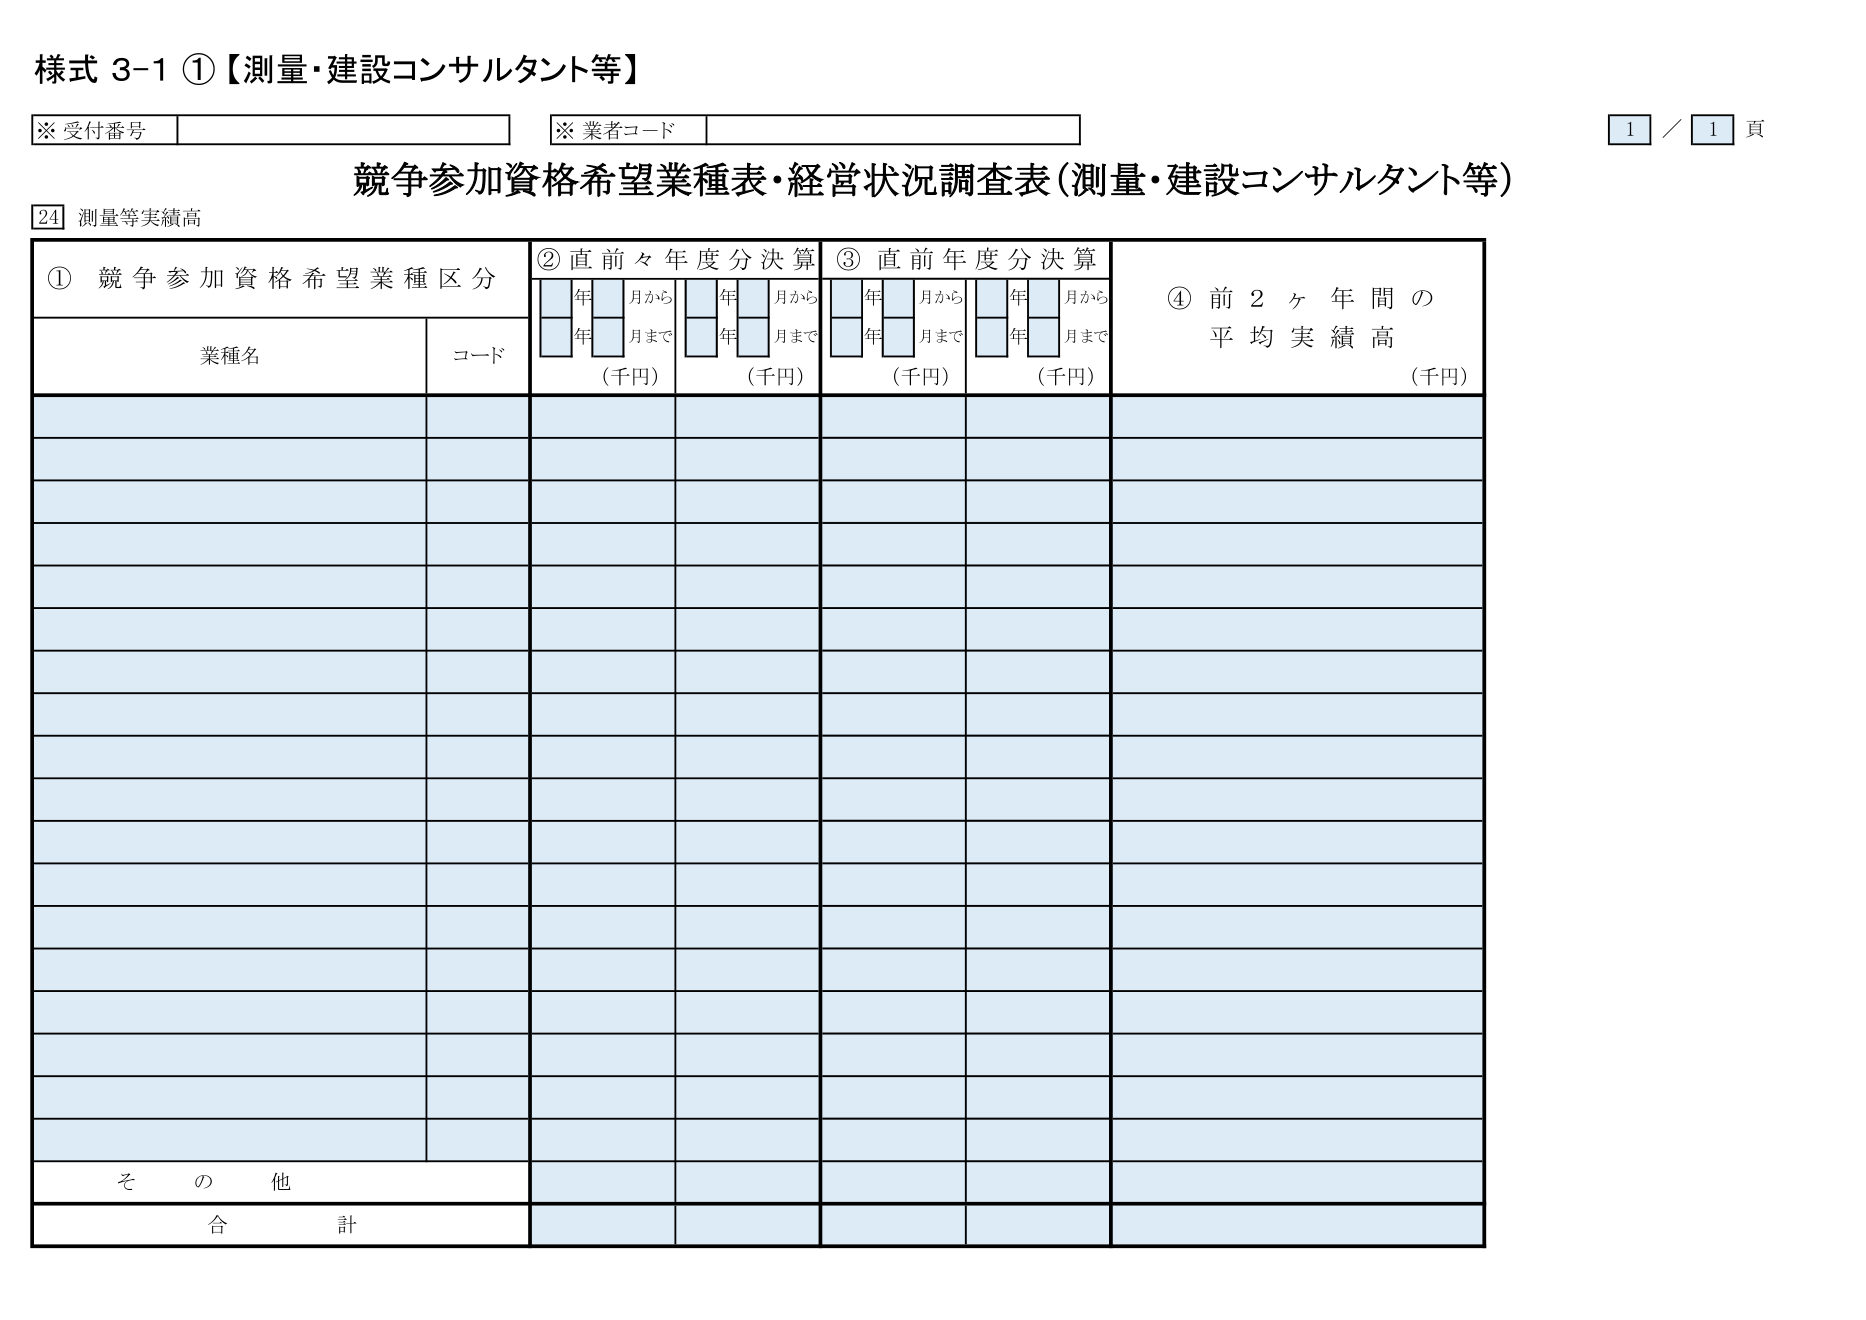
様式 3-1 ①【測量・建設コンサルタント等】

※ 受付番号
※ 業者コード

1 / 1 頁

競争参加資格希望業種表・経営状況調査表（測量・建設コンサルタント等）

24 測量等実績高

① 競争参加資格希望業種区分
　　業種名　　　　　　　　　コード

② 直前々年度分決算
　　年　月から　年　月まで　（千円）
　　年　月から　年　月まで　（千円）

③ 直前年度分決算
　　年　月から　年　月まで　（千円）
　　年　月から　年　月まで　（千円）

④ 前2ヶ年間の平均実績高　（千円）

その他

合計